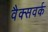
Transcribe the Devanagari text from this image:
वैक्सवर्क